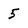
Character: 5